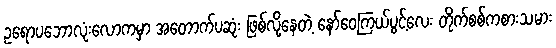
ဥရောပဘောလုံးလောကမှာ အတောက်ပဆုံး ဖြစ်လို့နေတဲ့ နော်ဝေကြယ်ပွင့်လေး တိုက်စစ်ကစားသမား